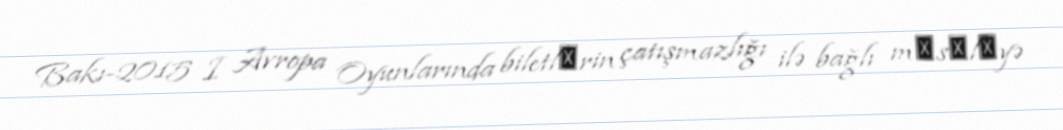
Bakı-2015 I Avropa Oyunlarında biletlәrin çatışmazlığı ilə bağlı mәsәlәyə